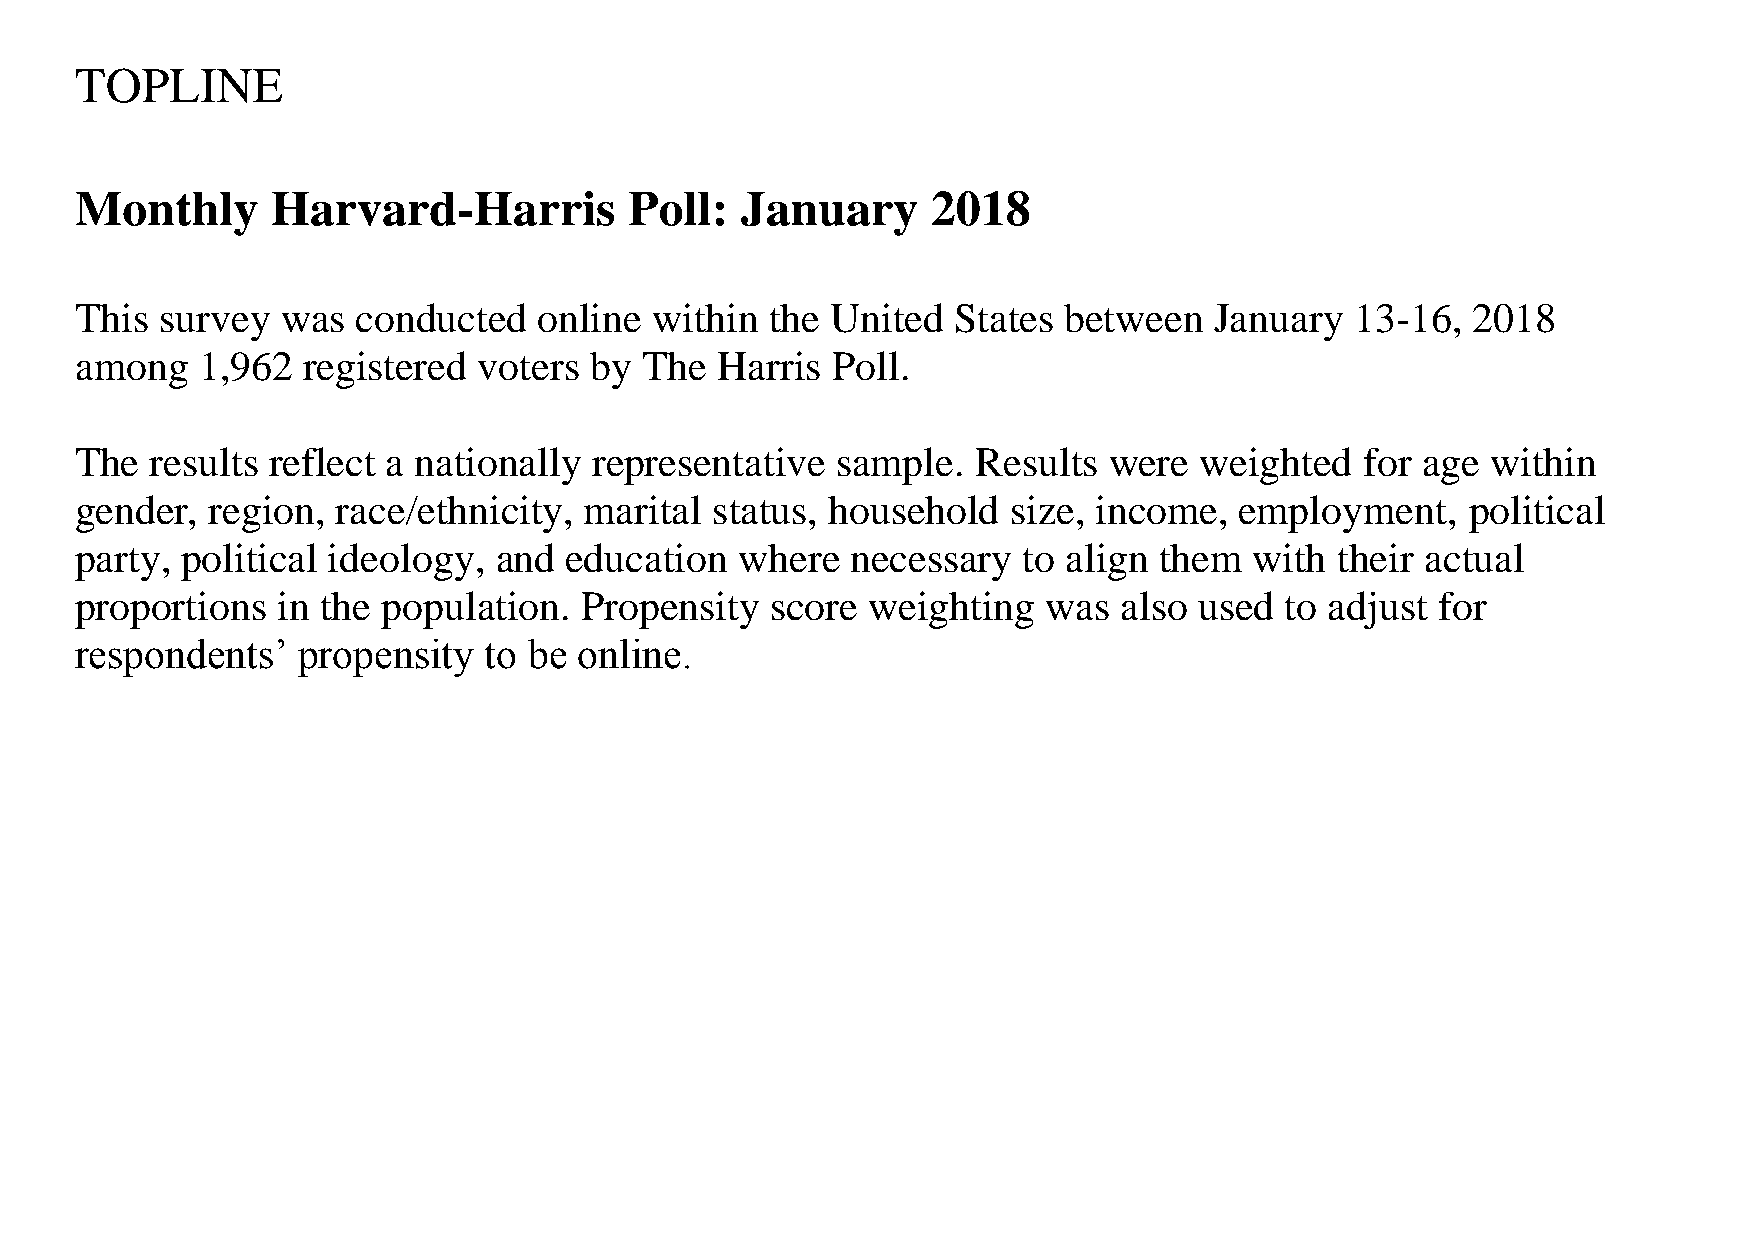
TOPLINE
 Monthly      Harvard-Harris          Poll:  January      2018
 This  survey  was  conducted   online within  the United  States between   January   13-16, 2018
 among   1,962  registered  voters by  The  Harris Poll.
 The  results reflect a nationally representative  sample.   Results were  weighted   for age  within
 gender,  region, race/ethnicity,  marital status, household   size, income,  employment,    political
 party, political ideology,  and education   where  necessary   to align them  with  their actual
 proportions  in the population.  Propensity   score weighting   was  also used  to adjust for
 respondents’   propensity  to be online.